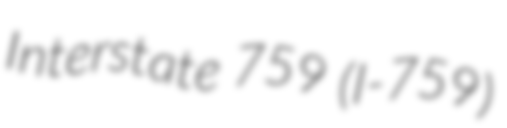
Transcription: Interstate 759 (I-759)